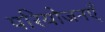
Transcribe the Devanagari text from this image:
परियोजनएँ